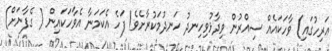
އަރިހުގައި) ވާހަކައެއް ސިއްރުން ވިދާޅުވިހިނދު ހަނދުމަކުރާށެވެ! ފަހެ އެކަމަނާ އެވާހަކައިން ( ގެފާނަށް)